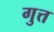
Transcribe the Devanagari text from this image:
गुत्त